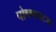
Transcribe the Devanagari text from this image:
पोषणघटक